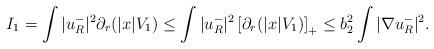
LaTeX: \begin{align*} I_1 = \int|u_R^-|^2\partial_r(|x|V_1) \leq \int|u_R^-|^2\left[\partial_r(|x|V_1)\right]_+ \leq b_2^2\int|\nabla u_R^-|^2.\end{align*}